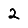
Digit: 2